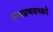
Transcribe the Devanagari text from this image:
ग्रन्थप्रणयनकाे